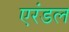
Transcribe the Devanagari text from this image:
एरंडल